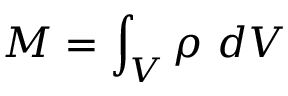
M = \int _ { V } \rho \ d V